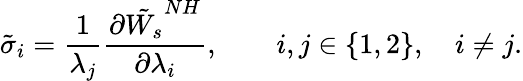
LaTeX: \tilde{\sigma}_{i}=\frac{1}{\lambda_{j}}\frac{\partial\tilde{W_{s}}^{NH}}{\partial\lambda_{i}},\qquad i,j\in\{ 1,2\} ,\quad i\neq j.